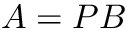
A = P B